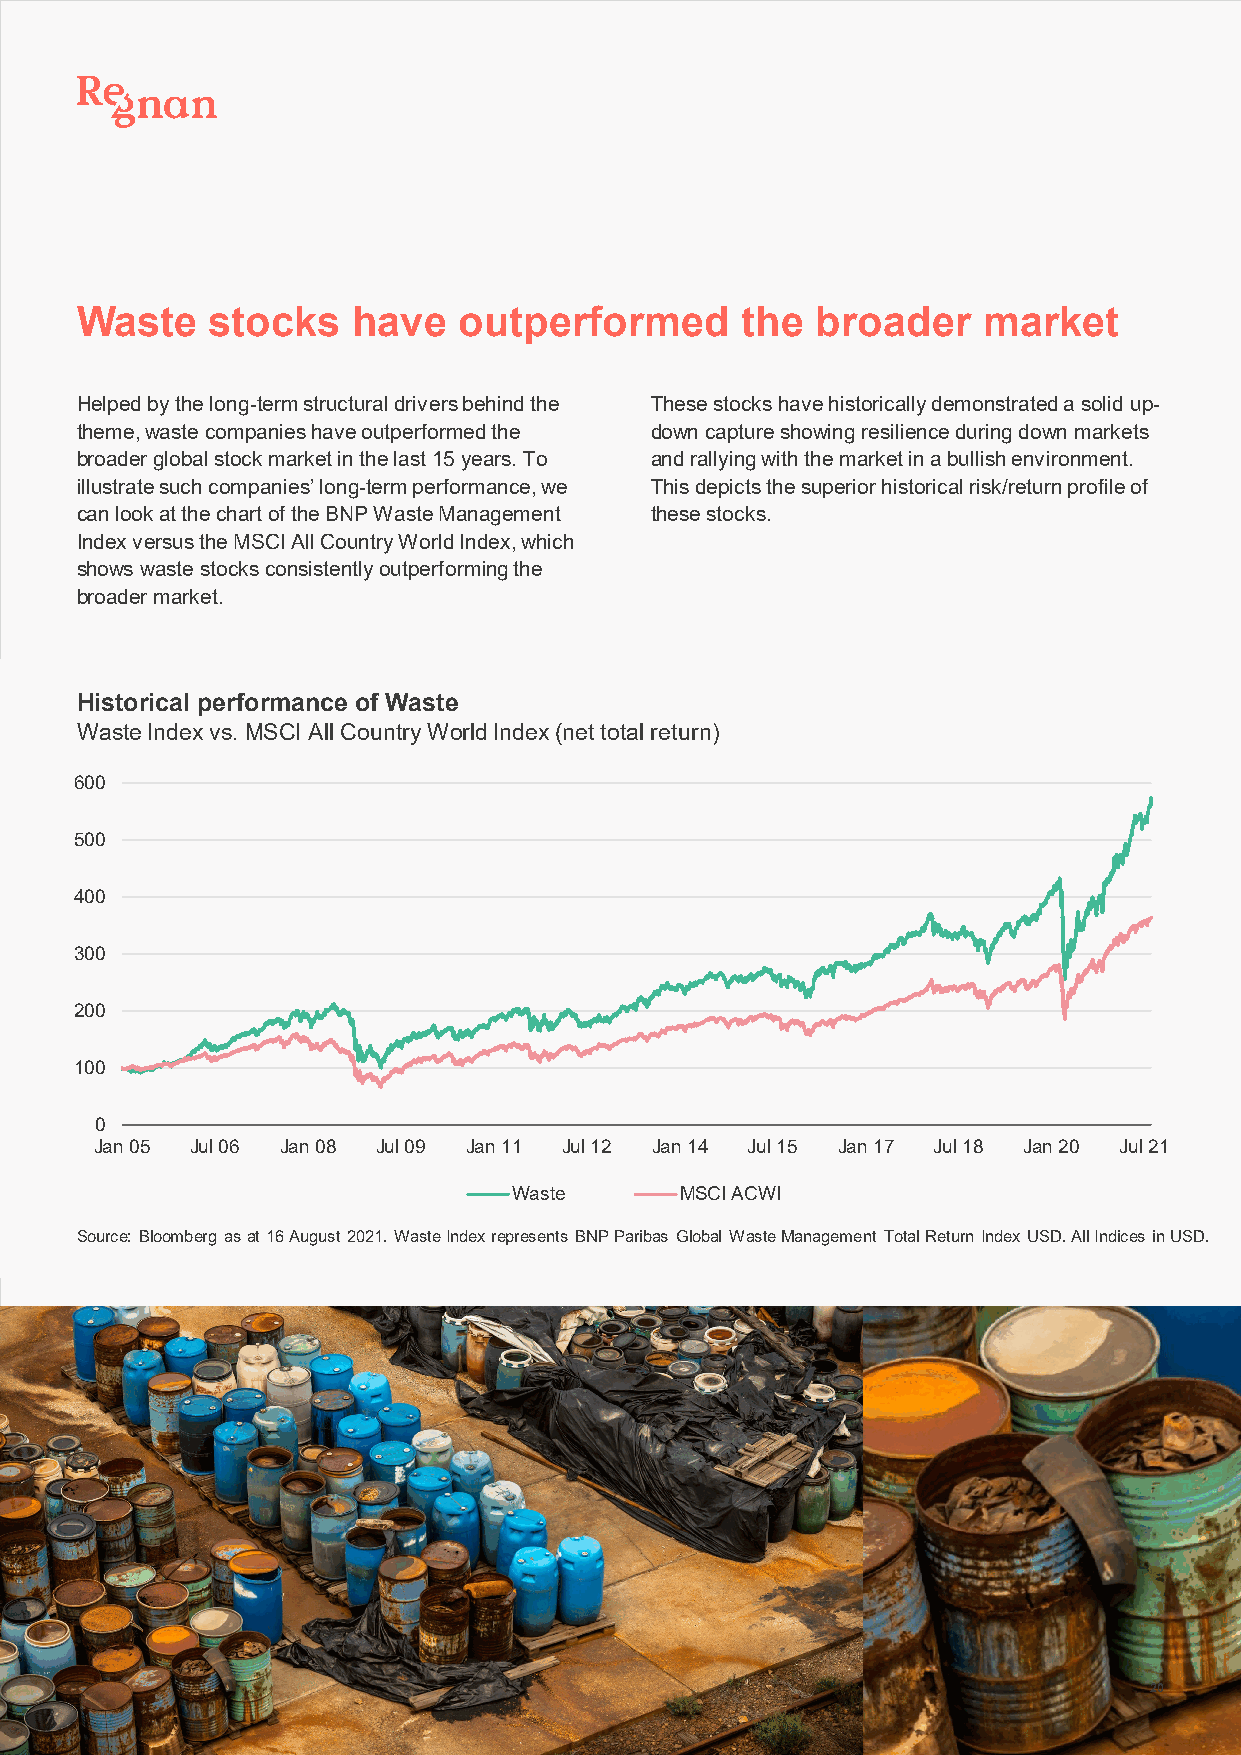
Waste    stocks   have   outperformed       the  broader    market
 Helped by the long-term structural drivers behind the These stocks have historically demonstrated a solid up-
 theme, waste companies have outperformed the down capture showing resilience during down markets
 broader global stock market in the last 15 years. To and rallying with the market in a bullish environment.
 illustrate such companies’ long-term performance, we This depicts the superior historical risk/return profile of
 can look at the chart of the BNP Waste Management these stocks.
 Index versus the MSCI All Country World Index, which
 shows waste stocks consistently outperforming the
 broader market.
 Historical performance of Waste
 Waste Index vs. MSCI All Country World Index (net total return)
 600
 500
 400
 300
 200
 100
 0
 Jan 05 Jul 06 Jan 08 Jul 09 Jan 11 Jul 12 Jan 14 Jul 15 Jan 17 Jul 18 Jan 20 Jul 21
 Waste      MSCI ACWI
 Source: Bloomberg as at 16 August 2021. Waste Index represents BNP Paribas Global Waste Management Total Return Index USD. All Indices in USD.
 20